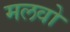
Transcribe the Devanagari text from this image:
मलवो